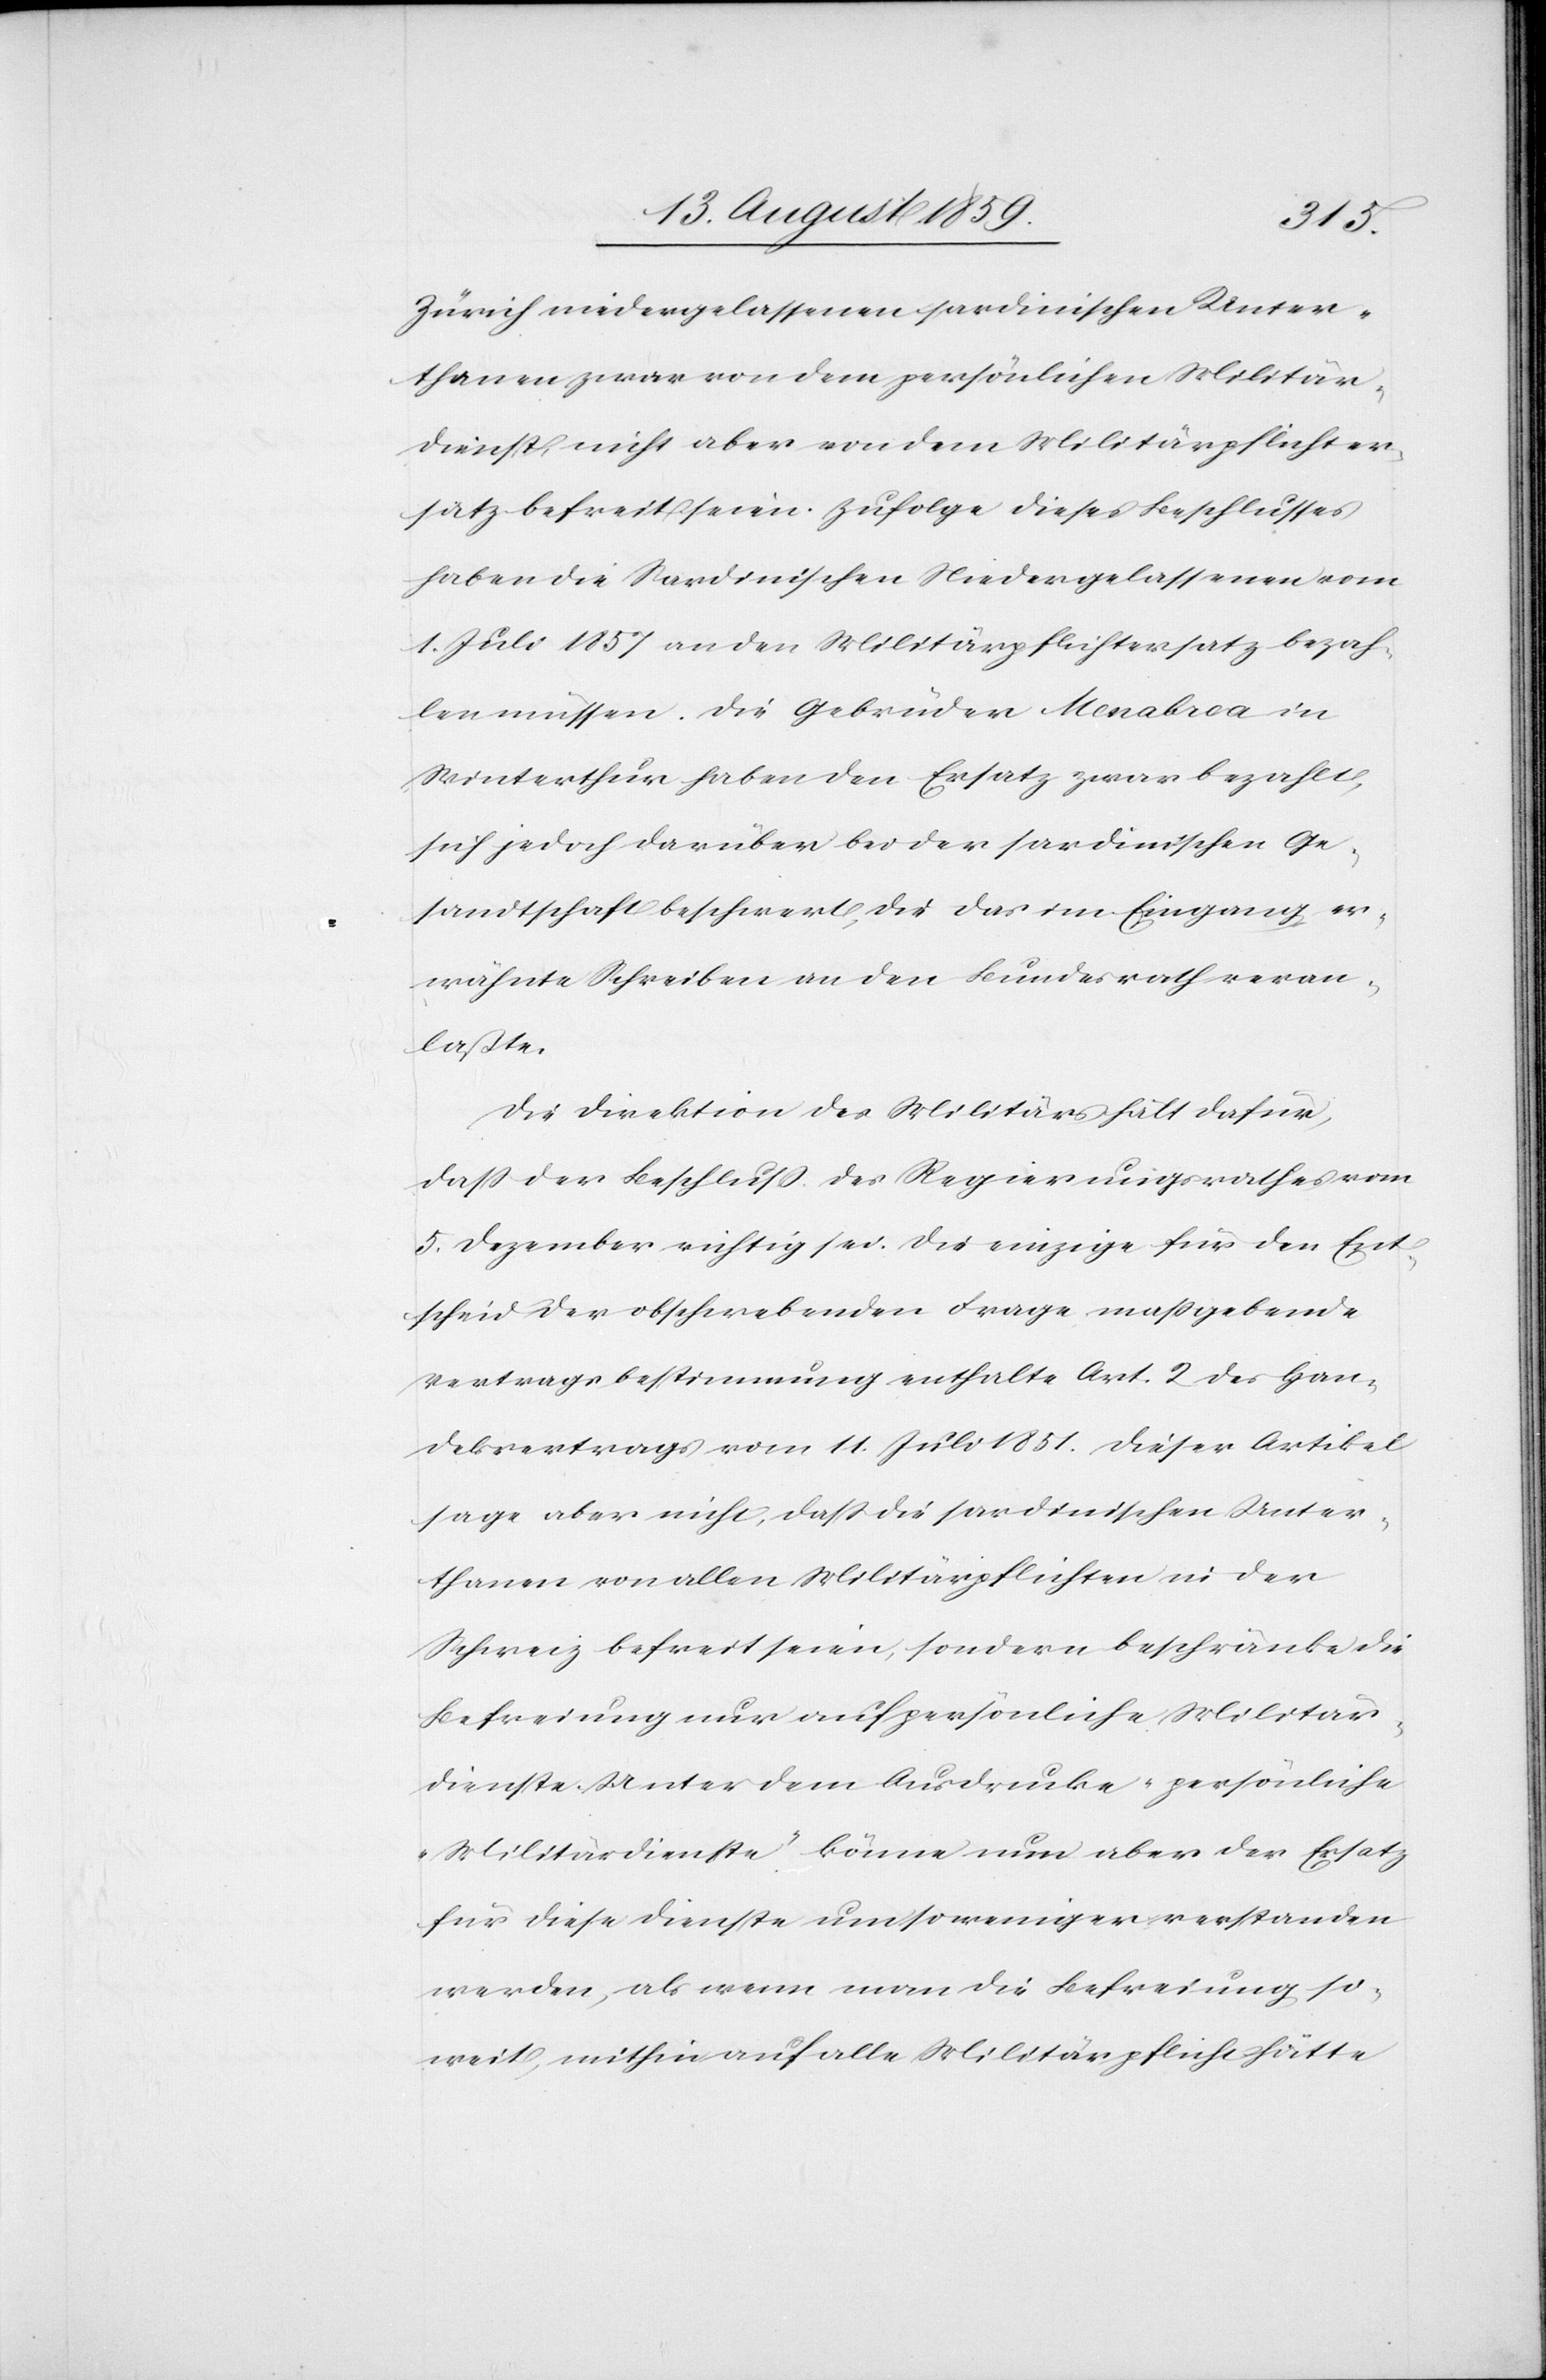
Zürich niedergelassenen sardinischen Unter¬
thanen zwar von dem persönlichen Militär¬
dienst, nicht aber von dem Militärpflichter¬
satz befreit seien. Zufolge dieses Beschlusses
haben die Sardinischen Niedergelassenen vom
1. Juli 1857 an den Militärpflichtersatz bezah¬
len müssen. Die Gebrüder Menabrea in
Winterthur haben den Ersatz zwar bezahlt,
sich jedoch darüber bei der sardinischen Ge¬
sandtschaft beschwert, die das im Eingang er¬
wähnte Schreiben an den Bundesrath veran¬
laßte.
Die Direktion des Militärs hält dafür,
daß der Beschluß des Regierungsrathes vom
5. Dezember richtig sei. Die einzige für den Ent¬
scheid der obschwebenden Frage maßgebende
Vertragsbestimmung enthalte Art. 2 des Han¬
delsvertrages vom 11. Juli 1851. Dieser Artikel
sage aber nicht, daß die sardinischen Unter¬
thanen von allen Militärpflichten in der
Schweiz befreit seien, sondern beschränkt die
Befreiung nur auf persönliche Militär¬
dienste. Unter dem Ausdrucke „persönliche
Militärdienste“ könne nun aber der Ersatz
für diese Dienste um so weniger verstanden
werden, als wenn man die Befreiung, so¬
weit mithin auf alle Militärpflicht